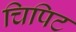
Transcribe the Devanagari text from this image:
चिपिट